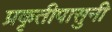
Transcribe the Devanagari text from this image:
प्रकृतीपासुनी